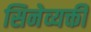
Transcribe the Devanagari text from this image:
सिनेव्यक्ती